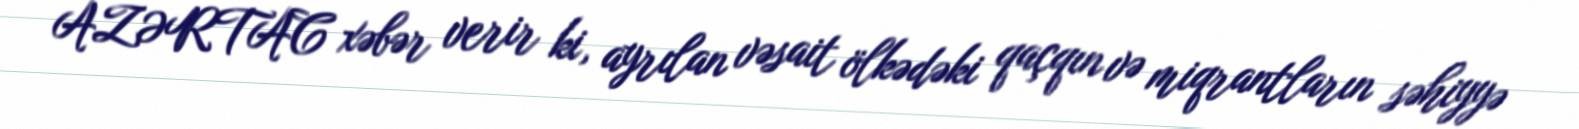
AZƏRTAC xəbər verir ki, ayrılan vəsait ölkədəki qaçqın və miqrantların səhiyyə